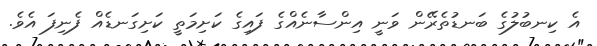
އެ ކިނބުލުގެ ބަނޑުތެރޭން ވަނީ އިންސާނެއްގެ ފައިގެ ކަށިމަތީ ކަށިގަނޑެއް ފެނިފަ އެވެ.